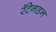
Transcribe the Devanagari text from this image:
रॅटेनडन